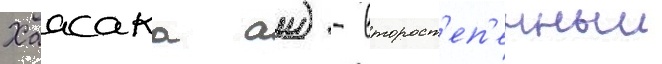
Хаасака аи) - второст'еп'енныи